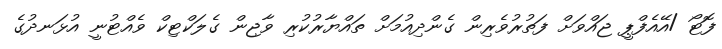
ފޮޓޯ /އޭއެފްޕީ ޖައްވަށް ފަތުރުވެރިން ގެންދިއުމަށް ތައްޔާރުކުރި ވާޖިން ގެލަކްޓިކް ވެއްޓުނީ އުޅަނދުގެ